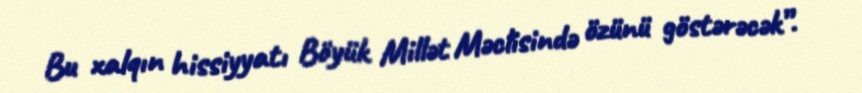
Bu xalqın hissiyyatı Böyük Millət Məclisində özünü göstərəcək”.